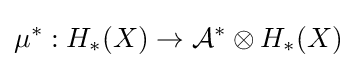
\mu ^{*}:H_{*}(X)\to {\mathcal {A}}^{*}\otimes H_{*}(X)